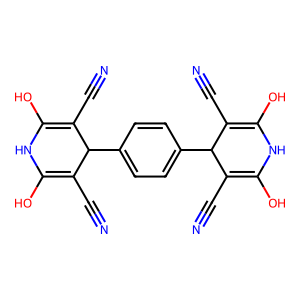
SMILES: N#CC1=C(O)NC(O)=C(C#N)C1c1ccc(C2C(C#N)=C(O)NC(O)=C2C#N)cc1
Inhibits HIV replication: No